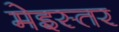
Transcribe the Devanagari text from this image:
मेइस्तर